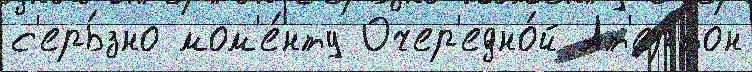
с'ерь́зно мом'е́нту Очер'едно́й Ат'ертон